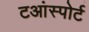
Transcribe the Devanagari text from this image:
टआंस्पोर्ट